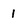
Character: 1